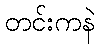
တင်းကနဲ